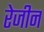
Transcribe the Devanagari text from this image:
रेजीन